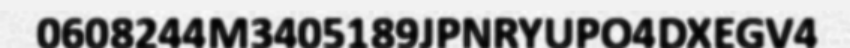
0608244M3405189JPNRYUPO4DXEGV4